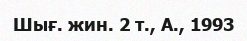
Шығ. жин. 2 т., А., 1993